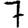
Digit: 7